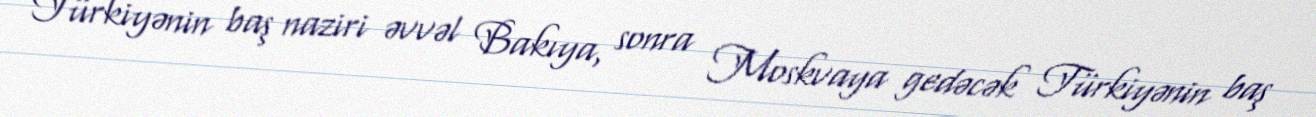
Türkiyənin baş naziri əvvəl Bakıya, sonra Moskvaya gedəcək Türkiyənin baş